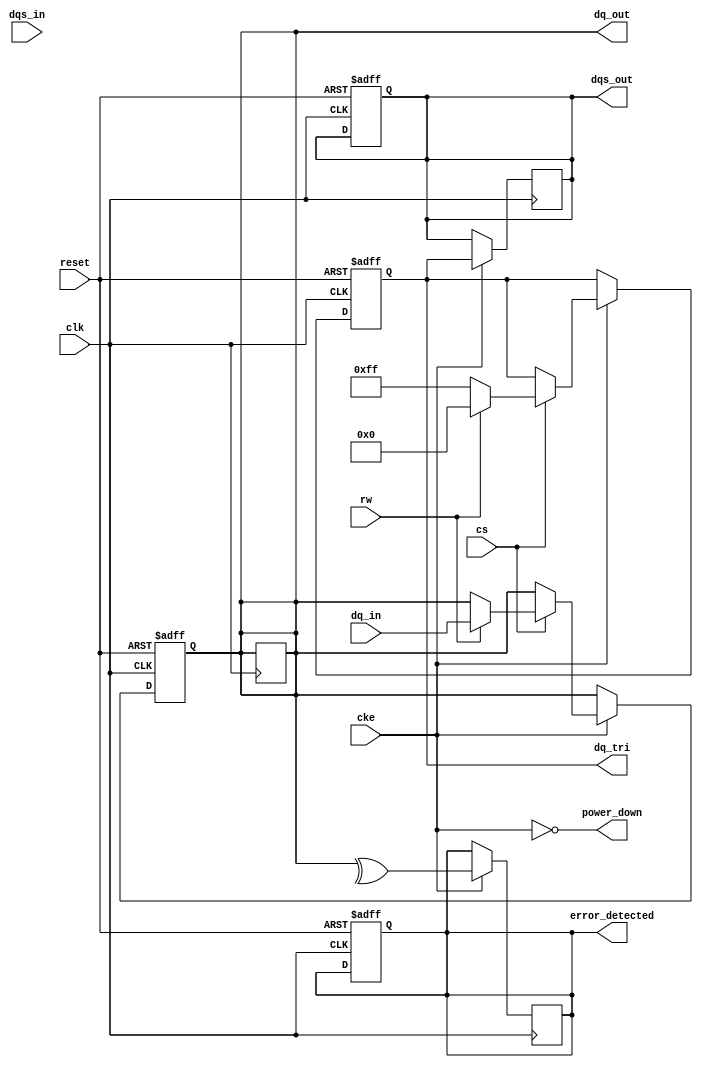
module gddr5_io_block (
    input wire clk,               // Clock input
    input wire reset,             // Reset signal
    input wire cke,               // Clock enable
    input wire cs,                // Chip select
    input wire rw,                // Read/Write control
    input wire [7:0] dq_in,       // Data input (8 bits)
    output wire [7:0] dq_out,     // Data output (8 bits)
    input wire [7:0] dqs_in,      // Data strobe input
    output wire [7:0] dqs_out,     // Data strobe output
    output wire [7:0] dq_tri,     // Tri-state control for data lines
    output wire error_detected,    // Error detection signal
    output wire power_down         // Power down signal
);

    // Internal signals
    reg [7:0] dq_buffer;           // Data buffer
    reg [7:0] dqs_buffer;          // Data strobe buffer
    reg error_flag;                // Error flag for EDC
    reg [7:0] dq_tri_reg;          // Tri-state register

    // Command decoder
    always @(posedge clk or posedge reset) begin
        if (reset) begin
            dq_buffer <= 8'b0;
            dqs_buffer <= 8'b0;
            error_flag <= 1'b0;
            dq_tri_reg <= 8'b11111111; // All tri-state enabled
        end else if (cke) begin
            if (cs) begin
                // Chip select active
                if (rw) begin
                    // Write operation
                    dq_buffer <= dq_in;
                    dq_tri_reg <= 8'b00000000; // Enable data output
                end else begin
                    // Read operation
                    dq_out <= dq_buffer; // Output data
                    dq_tri_reg <= 8'b11111111; // Disable data output
                end
            end
        end
    end

    // Data strobe generation
    always @(posedge clk) begin
        if (cke) begin
            dqs_buffer <= dq_tri_reg; // Pass tri-state control to DQS
        end
    end

    // Error detection (simple parity check for demonstration)
    always @(posedge clk) begin
        if (cke) begin
            error_flag <= ^dq_buffer; // Simple parity check
        end
    end

    assign dq_out = dq_buffer;
    assign dq_tri = dq_tri_reg;
    assign dqs_out = dqs_buffer;
    assign error_detected = error_flag;
    assign power_down = !cke; // Example power down logic

endmodule